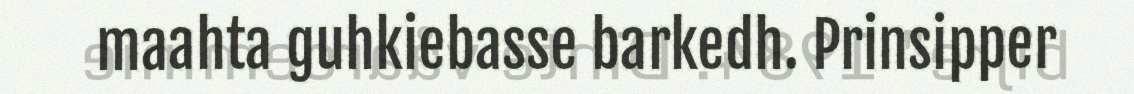
maahta guhkiebasse barkedh. Prinsipper